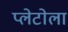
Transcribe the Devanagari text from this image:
प्लेटोला